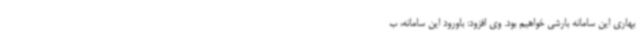
بهاری این سامانه بارشی خواهیم بود. وی افزود: باورود این سامانه، ب